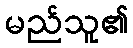
မည်သူ၏